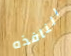
النافذه